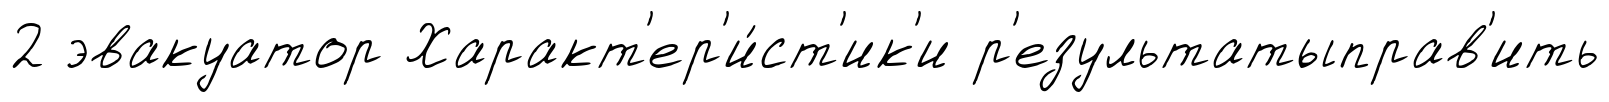
2 эвакуатор Характ'ер'и́ст'ик'и р'езультатыправ'ить